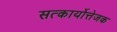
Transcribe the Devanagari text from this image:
सत्कार्योत्तेजक